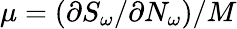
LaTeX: \mu=(\partial S_{\omega}/\partial N_{\omega})/M